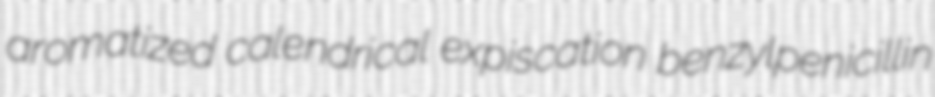
aromatized calendrical expiscation benzylpenicillin